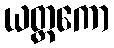
ယတ္တကော